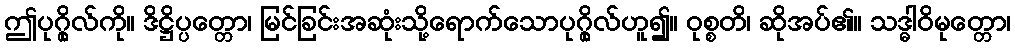
ဤပုဂ္ဂိုလ်ကို။ ဒိဋ္ဌိပ္ပတ္တော၊ မြင်ခြင်းအဆုံးသို့ရောက်သောပုဂ္ဂိုလ်ဟူ၍။ ဝုစ္စတိ၊ ဆိုအပ်၏။ သဒ္ဓါဝိမုတ္တော၊